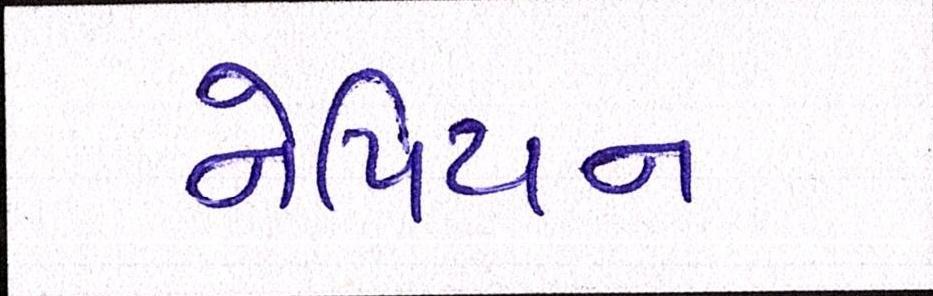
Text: નેપિયન